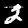
Label: 2